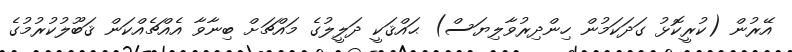
އޭރުން (ކުރީކޮޅު ގަދަކަމުން ހިންދިރުވާލިޔަސް) ޙައްޤަކީ ދަލީލުގެ މައްޗަށް ބިނާވާ އެއްޗެއްކަން ޤަބޫލުކުރުމުގެ